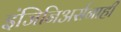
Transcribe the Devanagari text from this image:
इंजिनिअर्सनाही